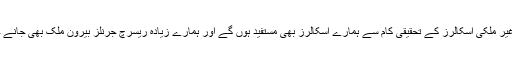
اس طرح غیر ملکی اسکالرز کے تحقیقی کام سے ہمارے اسکالرز بھی مستفید ہوں گے اور ہمارے زیادہ ریسرچ جرنلز بیرونِ ملک بھی جانے جائیں گے۔